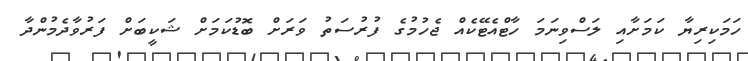
ހަމަކިރިޔާ ކަމަށާއި ލަސްވިނަމަ ހާޓްއެޓޭކެއް ޖެހުމުގެ ފުރުސަތު ވަރަށް ބޮޑުކަމަށް ޝަކީބަށް ފަރުވާދެމުންދާ